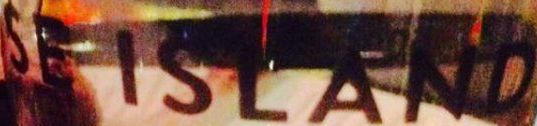
SE ISLAND